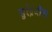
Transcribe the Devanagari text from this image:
सुरेंद्रजींना